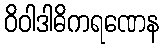
ဝိဝါဒါဓိကရဏေန